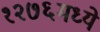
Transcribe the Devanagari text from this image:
१२७६मध्ये